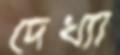
দেখ্যা